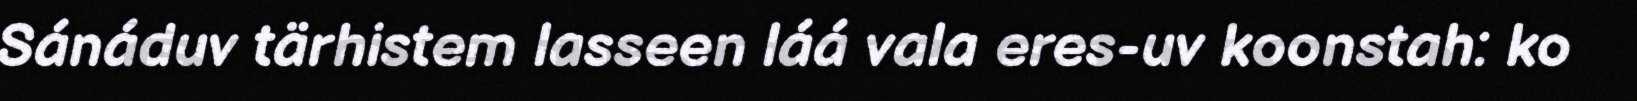
Sánáduv tärhistem lasseen láá vala eres-uv koonstah: ko